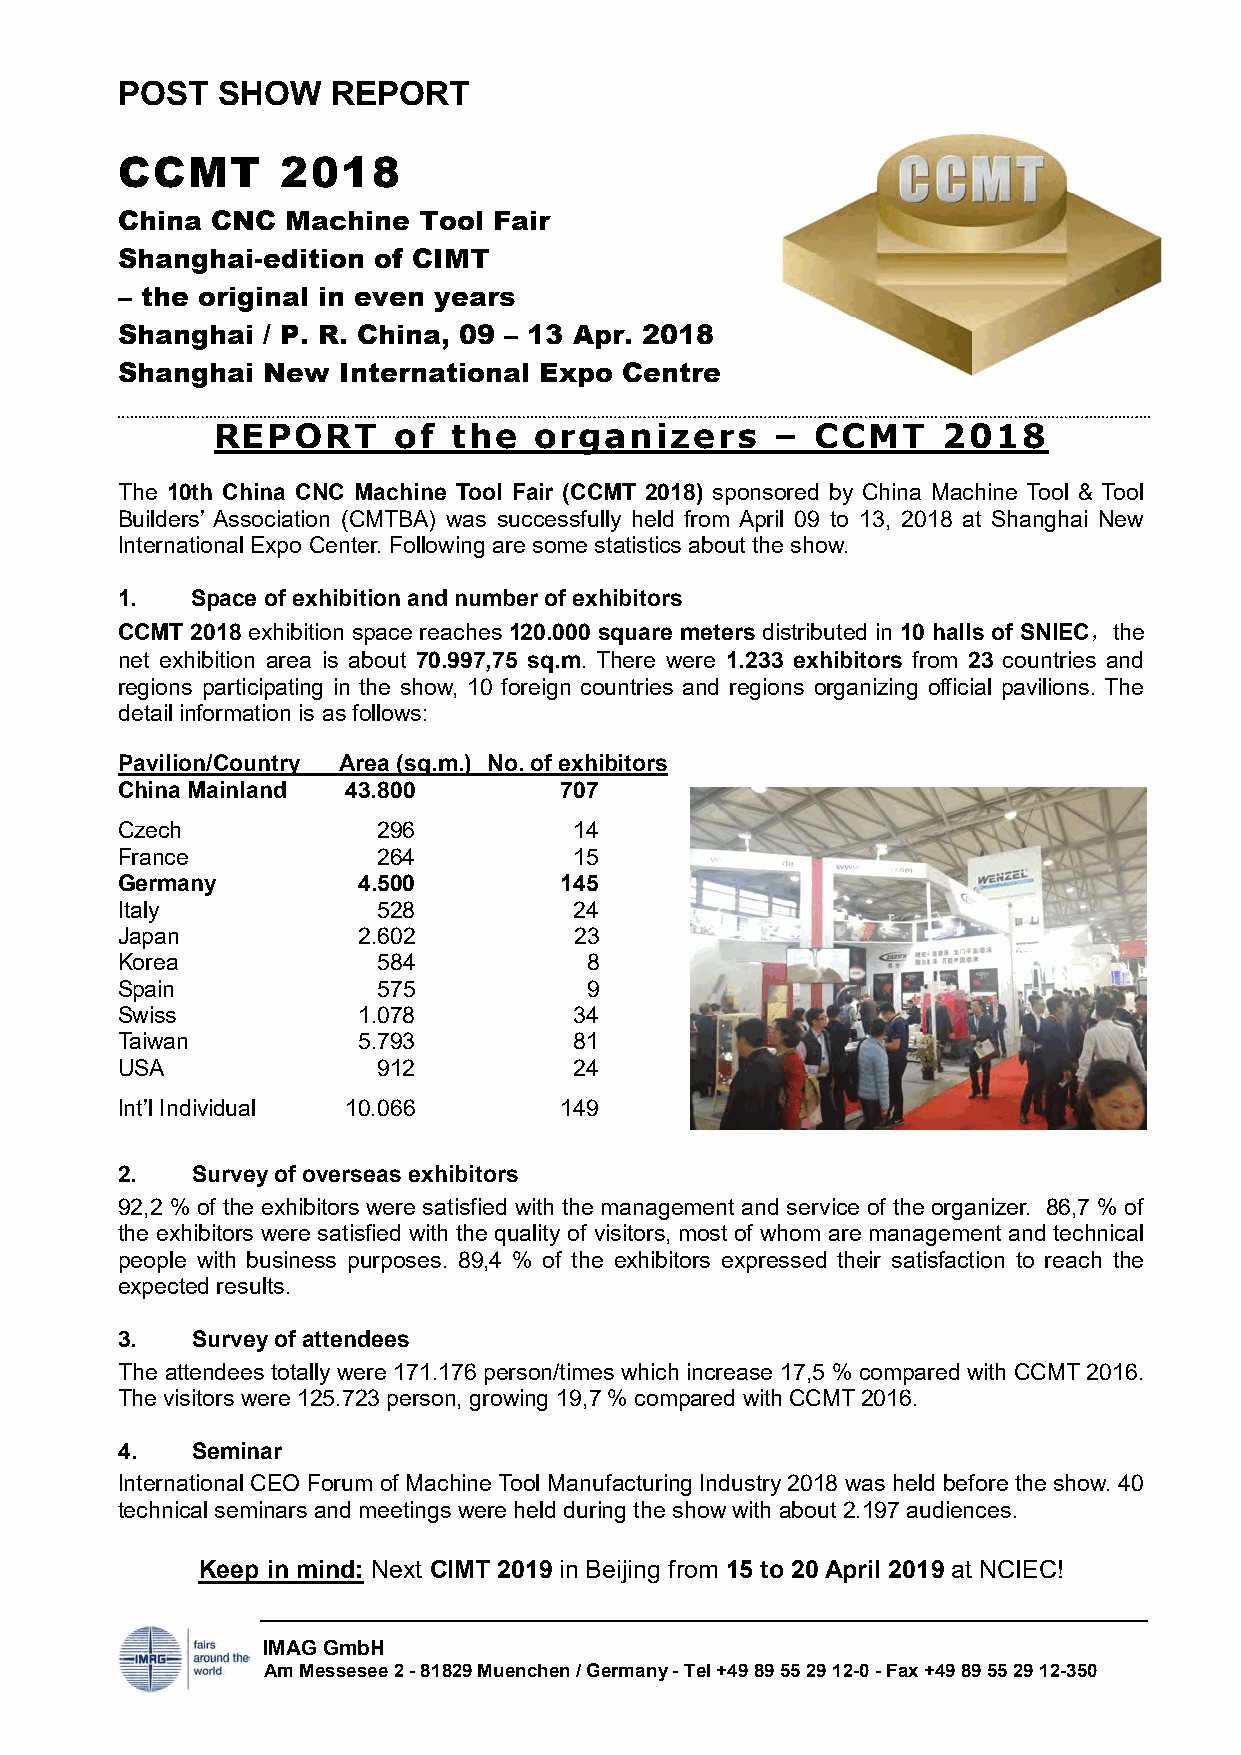
POST  SHOW    REPORT
 CCMT       2018
 China CNC  Machine  Tool Fair
 Shanghai-edition of CIMT
 – the original in even years
 Shanghai / P. R. China, 09 – 13 Apr. 2018
 Shanghai New  International Expo Centre
 REPORT      of  the  organizers      –  CCMT    2018
 The 10th China CNC Machine Tool Fair (CCMT 2018) sponsored by China Machine Tool & Tool
 Builders’ Association (CMTBA) was successfully held from April 09 to 13, 2018 at Shanghai New
 International Expo Center. Following are some statistics about the show.
 1.   Space of exhibition and number of exhibitors
 CCMT 2018 exhibition space reaches 120.000 square meters distributed in 10 halls of SNIEC，the
 net exhibition area is about 70.997,75 sq.m. There were 1.233 exhibitors from 23 countries and
 regions participating in the show, 10 foreign countries and regions organizing official pavilions. The
 detail information is as follows:
 Pavilion/Country Area (sq.m.) No. of exhibitors
 China Mainland 43.800        707
 Czech            296          14
 France           264          15
 Germany         4.500        145
 Italy            528          24
 Japan           2.602         23
 Korea            584           8
 Spain            575           9
 Swiss           1.078         34
 Taiwan          5.793         81
 USA              912          24
 Int’l Individual 10.066      149
 2.   Survey of overseas exhibitors
 92,2 % of the exhibitors were satisfied with the management and service of the organizer. 86,7 % of
 the exhibitors were satisfied with the quality of visitors, most of whom are management and technical
 people with business purposes. 89,4 % of the exhibitors expressed their satisfaction to reach the
 expected results.
 3.   Survey of attendees
 The attendees totally were 171.176 person/times which increase 17,5 % compared with CCMT 2016.
 The visitors were 125.723 person, growing 19,7 % compared with CCMT 2016.
 4.   Seminar
 International CEO Forum of Machine Tool Manufacturing Industry 2018 was held before the show. 40
 technical seminars and meetings were held during the show with about 2.197 audiences.
 Keep in mind: Next CIMT 2019 in Beijing from 15 to 20 April 2019 at NCIEC!
 IMAG GmbH
 Am Messesee 2 - 81829 Muenchen / Germany - Tel +49 89 55 29 12-0 - Fax +49 89 55 29 12-350